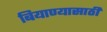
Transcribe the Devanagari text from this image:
बियाण्यासाठी